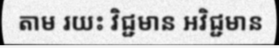
តាម រយះ វិជ្ជមាន អវិជ្ជមាន